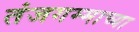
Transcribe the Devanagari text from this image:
तंजगम्माच्या